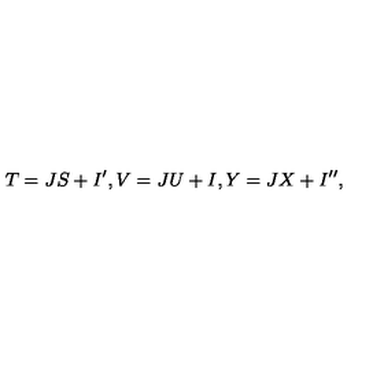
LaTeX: T = J S + I ^ { \prime } , V = J U + I , Y = J X + I ^ { \prime \prime } ,